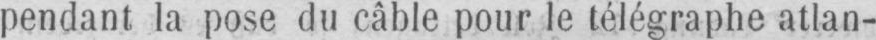
pendant la pose du câble pour le télégraphe atlan-